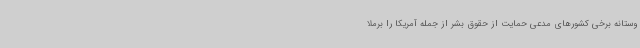
وستانه برخی کشورهای مدعی حمایت از حقوق بشر از جمله آمریکا را برملا